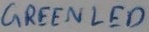
Text: GREENLED